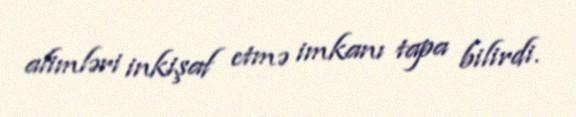
alimləri inkişaf etmə imkanı tapa bilirdi.